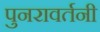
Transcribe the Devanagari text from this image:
पुनरावर्तनी